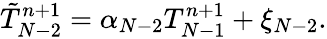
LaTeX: \tilde{T}_{N-2}^{n+1}={\alpha_{N-2}}T_{N-1}^{n+1}+{\xi_{N-2}}.